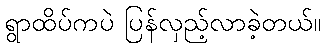
ရွာထိပ်ကပဲ ပြန်လှည့်လာခဲ့တယ်။